Document type: Sale
Year: 1235
Scribe: Pere de Bages
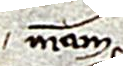
meam